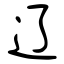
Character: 辽